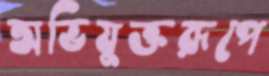
অভিযুক্তরূপে